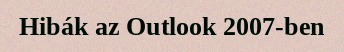
Hibák az Outlook 2007-ben